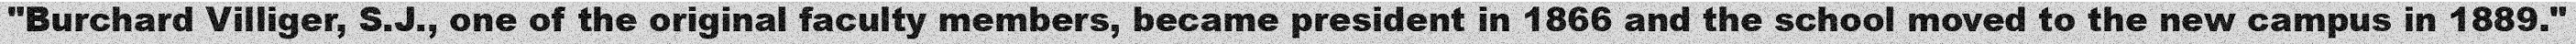
"Burchard Villiger, S.J., one of the original faculty members, became president in 1866 and the school moved to the new campus in 1889."